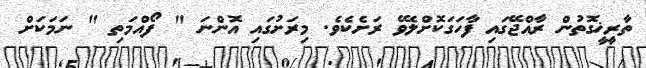
ތާރީޚީގޮތުން ރާއްޖޭގައި ފާހަގަކޮށްލެވޭ ރަށެކެވެ. މިރަށުގައި އޮންނަ " ފޯއްމަތި " ނަމަކަށް